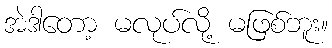
အဲဒါတော့ မလုပ်လို့ မဖြစ်ဘူး။